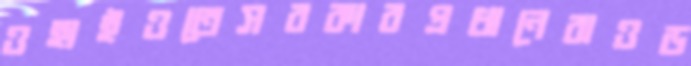
ওহাইওতেসরকারপ্রধানেরাওড